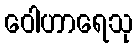
ဝေါဟာရေသု